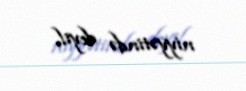
niyyətində deyil.